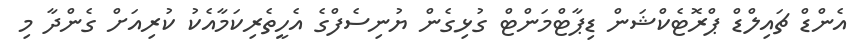
އެންޑް ޗައިލްޑް ޕްރޮޓެކްޝަން ޑިޕާޓްމަންޓް ގުޅިގެން ޔުނިސެފްގެ އެހީތެރިކަމާއެކު ކުރިއަށް ގެންދާ މި